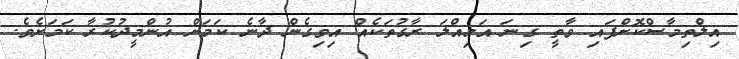
އިލްތިމާސްކޮށްފައި ވާތީ ގިނަ އަމިއްލަ ރާގުތަކެއް އިވިގެން ދާނެ ކަމަށް އުންމީދުކުރާ ކަމަށެވެ.